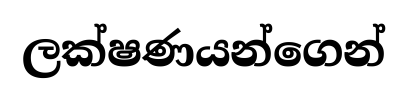
ලක්ෂණයන්ගෙන්